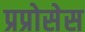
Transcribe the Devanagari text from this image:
प्रप्रोसेस